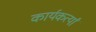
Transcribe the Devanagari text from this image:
कार्यकर्त्यां